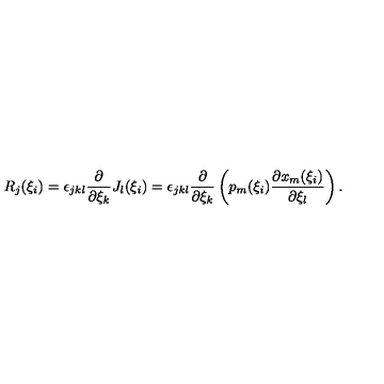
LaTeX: R _ { j } ( \xi _ { i } ) = \epsilon _ { j k l } \frac { \partial } { \partial \xi _ { k } } J _ { l } ( \xi _ { i } ) = \epsilon _ { j k l } \frac { \partial } { \partial \xi _ { k } } \left( p _ { m } ( \xi _ { i } ) \frac { \partial x _ { m } ( \xi _ { i } ) } { \partial \xi _ { l } } \right) .